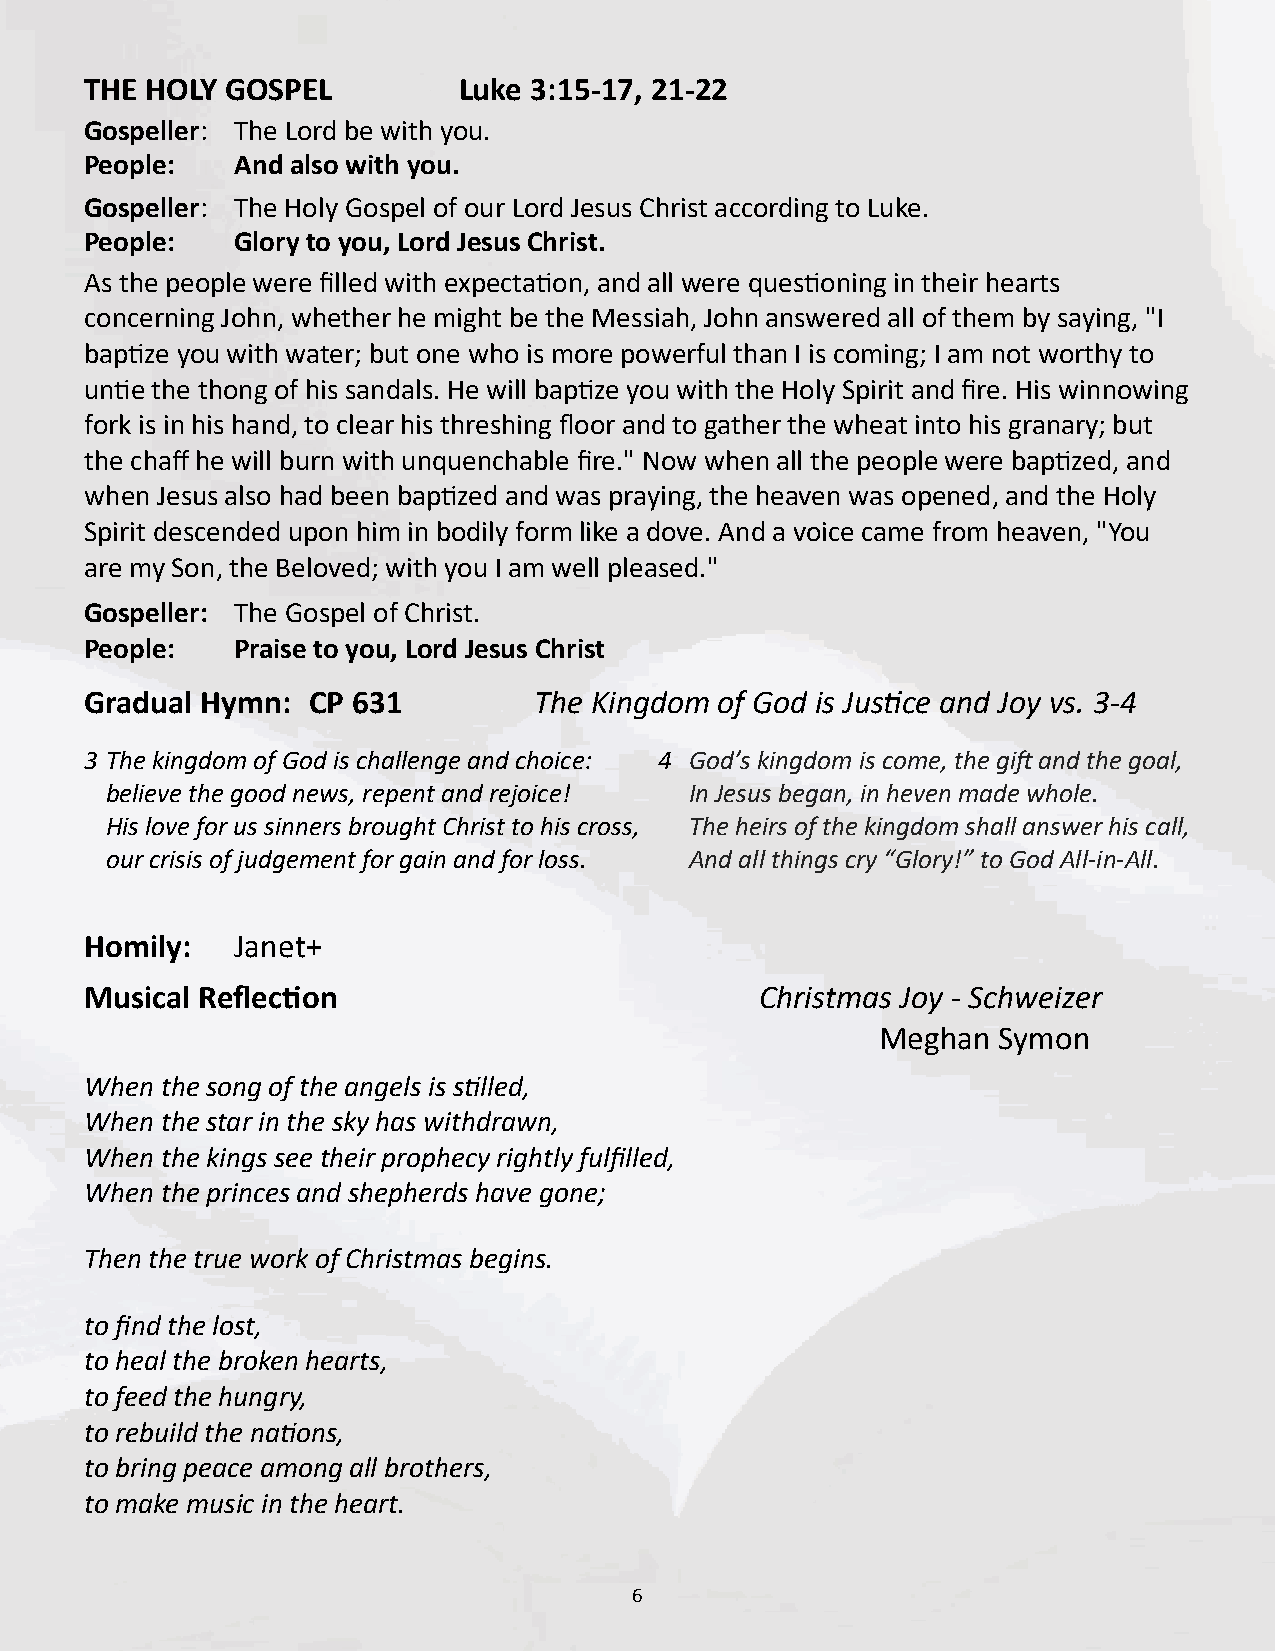
THE HOLY GOSPEL         Luke 3:15-17, 21-22
 Gospeller: The Lord be with you.
 People:   And also with you.
 Gospeller: The Holy Gospel of our Lord Jesus Christ according to Luke.
 People:   Glory to you, Lord Jesus Christ.
 As the people were filled with expectation, and all were questioning in their hearts
 concerning John, whether he might be the Messiah, John answered all of them by saying, "I
 baptize you with water; but one who is more powerful than I is coming; I am not worthy to
 untie the thong of his sandals. He will baptize you with the Holy Spirit and fire. His winnowing
 fork is in his hand, to clear his threshing floor and to gather the wheat into his granary; but
 the chaff he will burn with unquenchable fire." Now when all the people were baptized, and
 when Jesus also had been baptized and was praying, the heaven was opened, and the Holy
 Spirit descended upon him in bodily form like a dove. And a voice came from heaven, "You
 are my Son, the Beloved; with you I am well pleased."
 Gospeller: The Gospel of Christ.
 People:   Praise to you, Lord Jesus Christ
 Gradual Hymn: CP 631         The Kingdom  of God is Justice and Joy vs. 3-4
 3 The kingdom of God is challenge and choice: 4 God’s kingdom is come, the gift and the goal,
 believe the good news, repent and rejoice! In Jesus began, in heven made whole.
 His love for us sinners brought Christ to his cross, The heirs of the kingdom shall answer his call,
 our crisis of judgement for gain and for loss. And all things cry “Glory!” to God All-in-All.
 Homily:   Janet+
 Musical Reflection                          Christmas Joy - Schweizer
 Meghan  Symon
 When the song of the angels is stilled,
 When the star in the sky has withdrawn,
 When the kings see their prophecy rightly fulfilled,
 When the princes and shepherds have gone;
 Then the true work of Christmas begins.
 to find the lost,
 to heal the broken hearts,
 to feed the hungry,
 to rebuild the nations,
 to bring peace among all brothers,
 to make music in the heart.
 6